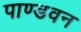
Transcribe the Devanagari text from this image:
पाण्डवन